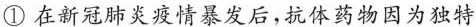
①在新冠肺炎疫情暴发后，抗体药物因为独特